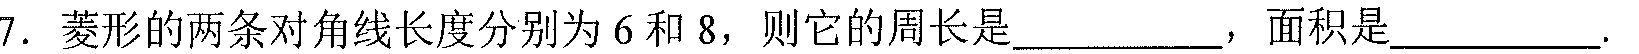
7. 菱形的两条对角线长度分别为\(6\)和\(8\)，则它的周长是__________，面积是__________.